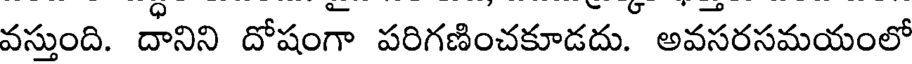
వస్తుంది. దానిని దోషంగా పరిగణించకూడదు. అవసరసమయంలో